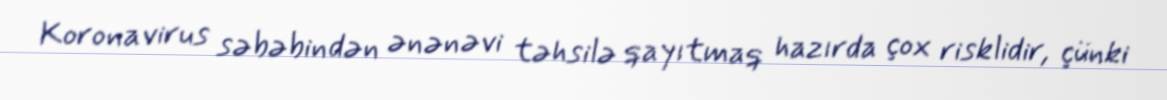
Koronavirus səbəbindən ənənəvi təhsilə qayıtmaq hazırda çox risklidir, çünki